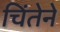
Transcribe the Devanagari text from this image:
चिंतेने